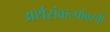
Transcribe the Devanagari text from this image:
अर्थसंकल्पांवरची